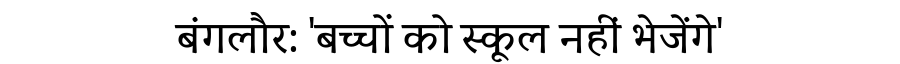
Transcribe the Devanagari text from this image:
बंगलौर: 'बच्चों को स्कूल नहीं भेजेंगे'